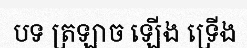
បទ ត្រឡាច ឡើង ទ្រើង